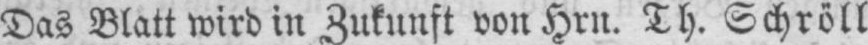
Das Blatt wird in Zukunft von Hrn. Th. Schröll